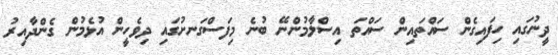
ދީނުގައި ހިފައިގެން ސައްތައިން ސައްތަ އިސްލާމުންނޭ ބުނެ މިފަސްގަނށުގައި ދިވެހީން އުޅެމުން ގެންދާއިރު